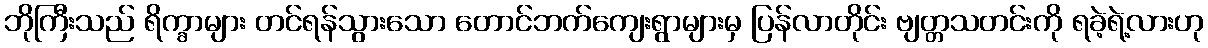
ဘိုကြီးသည် ရိက္ခာများ တင်ရန်သွားသော တောင်ဘက်ကျေးရွာများမှ ပြန်လာတိုင်း ဗျတ္တသတင်းကို ရခဲ့ရဲ့လားဟု